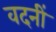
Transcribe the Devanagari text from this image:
वदनीं